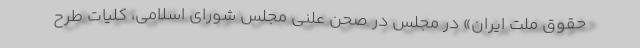
حقوق ملت ایران» در مجلس در صحن علنی مجلس شورای اسلامی، کلیات طرح